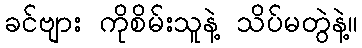
ခင်ဗျား ကိုစိမ်းသူနဲ့ သိပ်မတွဲနဲ့။